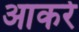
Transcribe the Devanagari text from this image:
आकरे